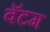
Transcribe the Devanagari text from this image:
वॅटग